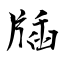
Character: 牐